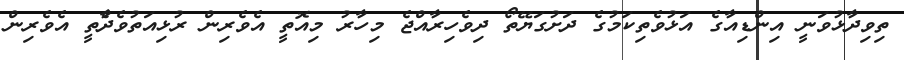
ތިވިދާޅުވަނީ އިންޑިއާގެ އަޅުވެތިކަމުގެ ދަށުގަޔޭތޯ ދިވެހިރާއްޖެ މިހާރު މިއޮތީ އެވެރިން ރުޅިއަތުވެދާެތީ އެވެރިން